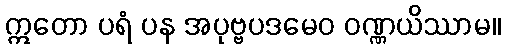
ဣတော ပရံ ပန အပုဗ္ဗပဒမေဝ ဝဏ္ဏယိဿာမ။